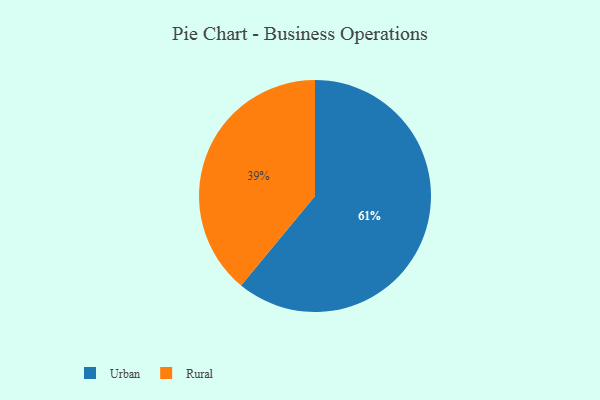
{"axis": {"x": "Category", "y": "Percentage"}, "legend": ["Rural", "Urban"], "data": [{"x": "Urban", "y": 61, "type": "Urban"}, {"x": "Rural", "y": 39, "type": "Rural"}]}